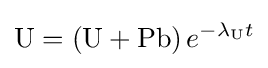
\mathrm {U} =\left(\mathrm {U} +\mathrm {Pb} \right)e^{-\lambda _{\mathrm {U} }t}